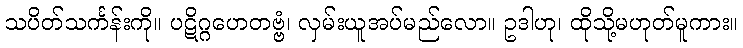
သပိတ်သင်္ကန်းကို။ ပဋိဂ္ဂဟေတဗ္ဗံ၊ လှမ်းယူအပ်မည်လော။ ဥဒါဟု၊ ထိုသို့မဟုတ်မူကား။